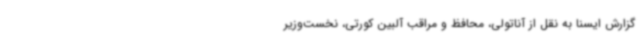
گزارش ایسنا به نقل از آناتولی، محافظ و مراقب آلبین کورتی، نخست‌وزیر